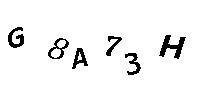
G8A73H